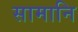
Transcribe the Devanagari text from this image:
सामानि